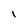
Character: I